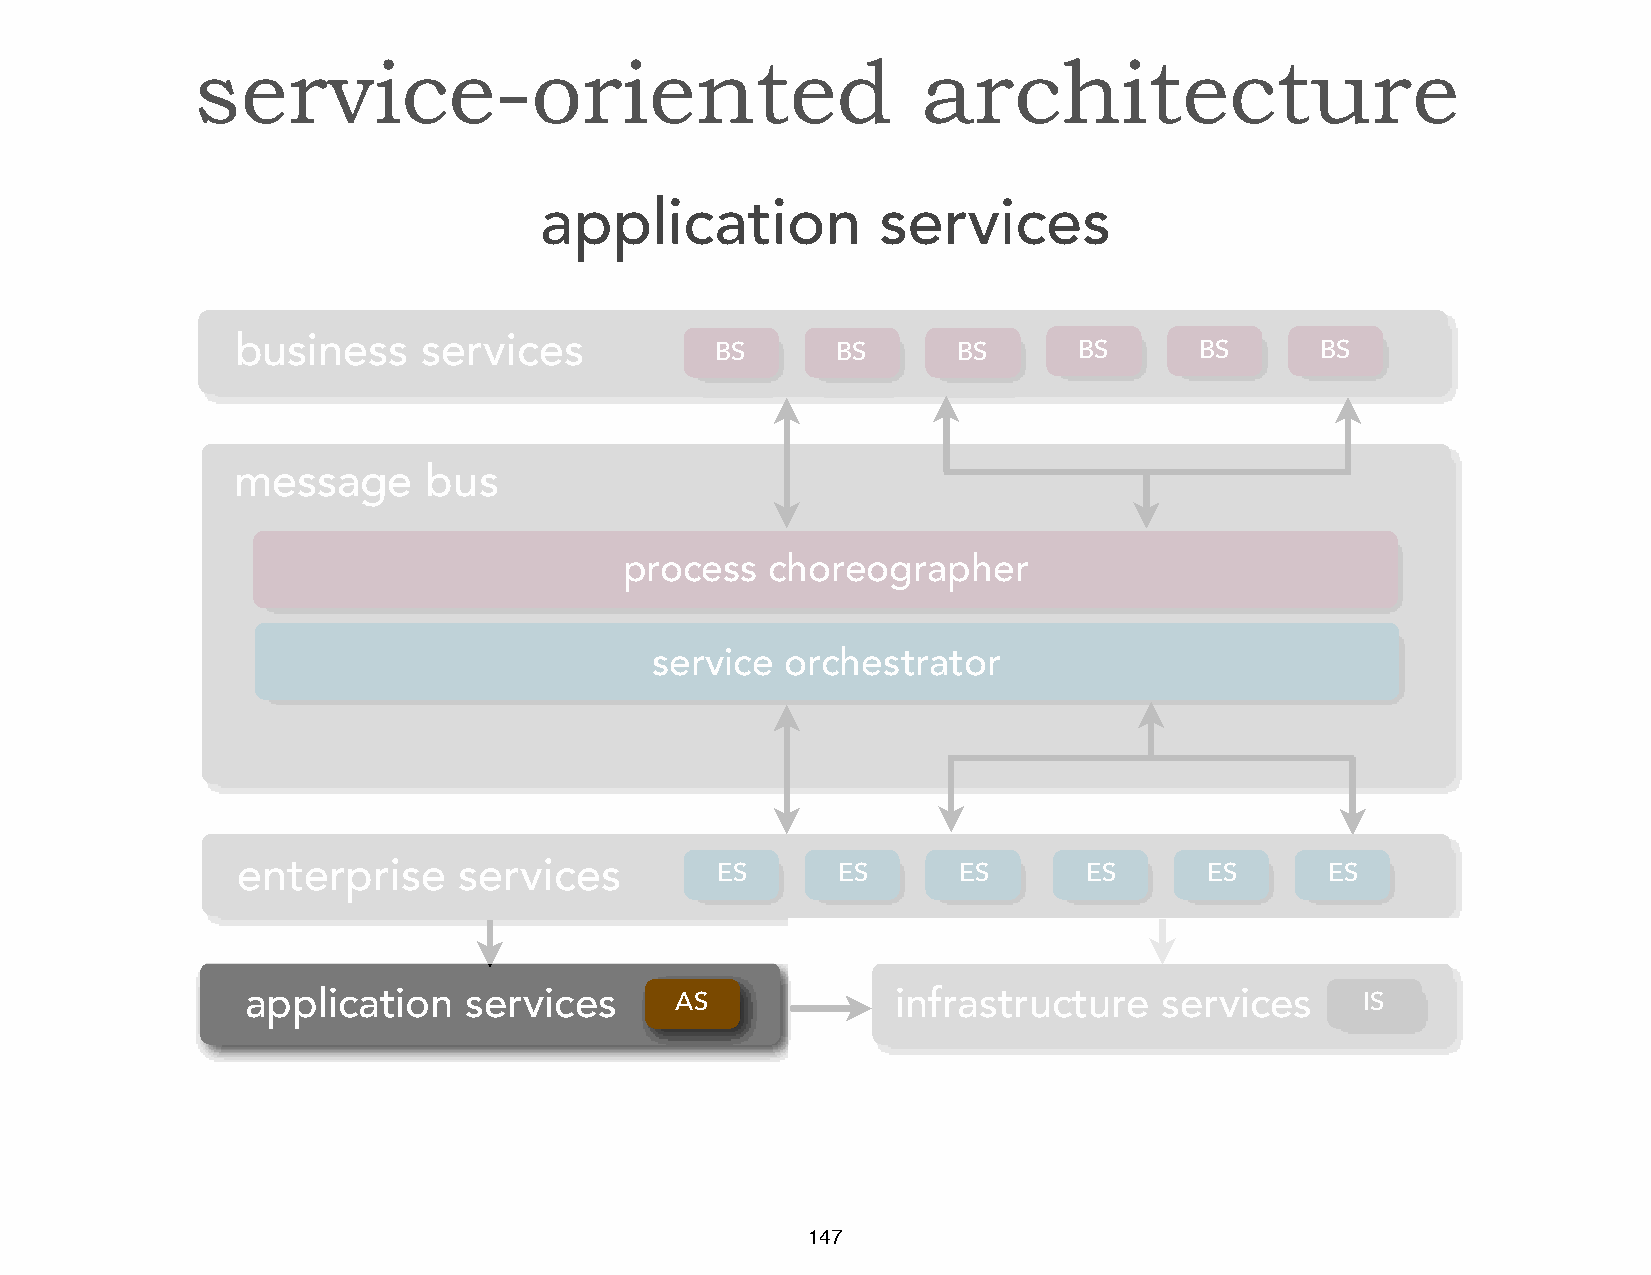
service-oriented                                architecture
 application           services
 business    services
 BS      BS      BS      BS      BS      BS
 message      bus
 process   choreographer
 service  orchestrator
 enterprise    services         ES      ES      ES       ES      ES      ES
 application    services      AS            infrastructure    services     IS
 147